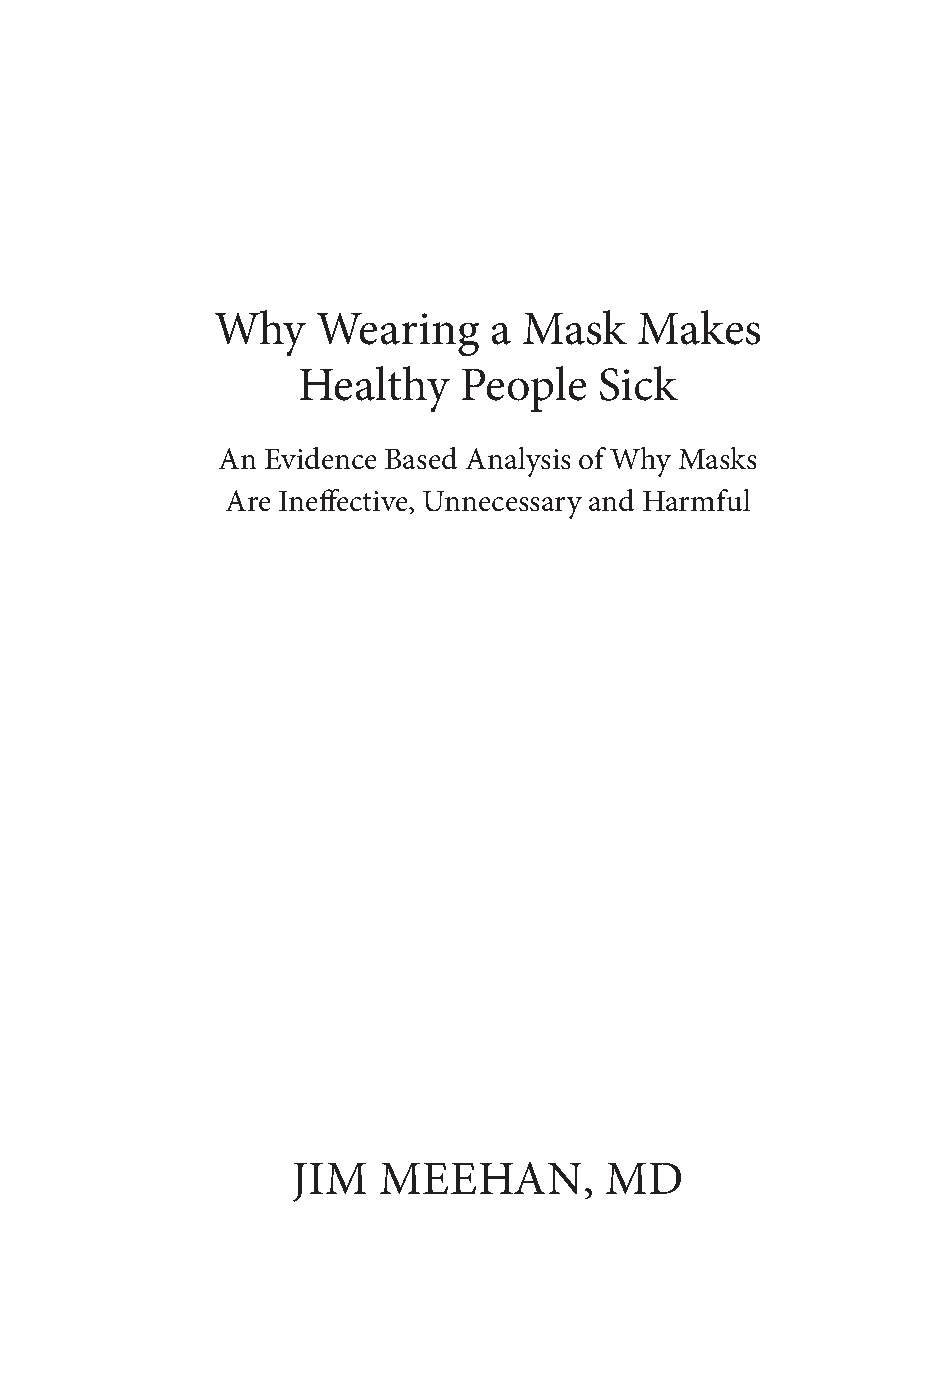
Why    Wearing    a  Mask   Makes
 Healthy   People    Sick
 An Evidence Based Analysis of Why Masks
 Are Ineffective, Unnecessary and Harmful
 JIM   MEEHAN,        MD